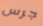
جرس